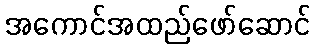
အကောင်အထည်ဖော်ဆောင်